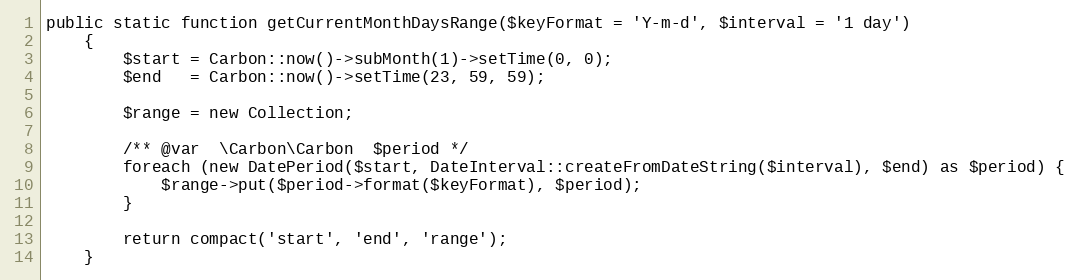
Language: PHP
public static function getCurrentMonthDaysRange($keyFormat = 'Y-m-d', $interval = '1 day')
    {
        $start = Carbon::now()->subMonth(1)->setTime(0, 0);
        $end   = Carbon::now()->setTime(23, 59, 59);

        $range = new Collection;

        /** @var  \Carbon\Carbon  $period */
        foreach (new DatePeriod($start, DateInterval::createFromDateString($interval), $end) as $period) {
            $range->put($period->format($keyFormat), $period);
        }

        return compact('start', 'end', 'range');
    }